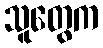
သူတွေက